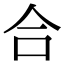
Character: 合